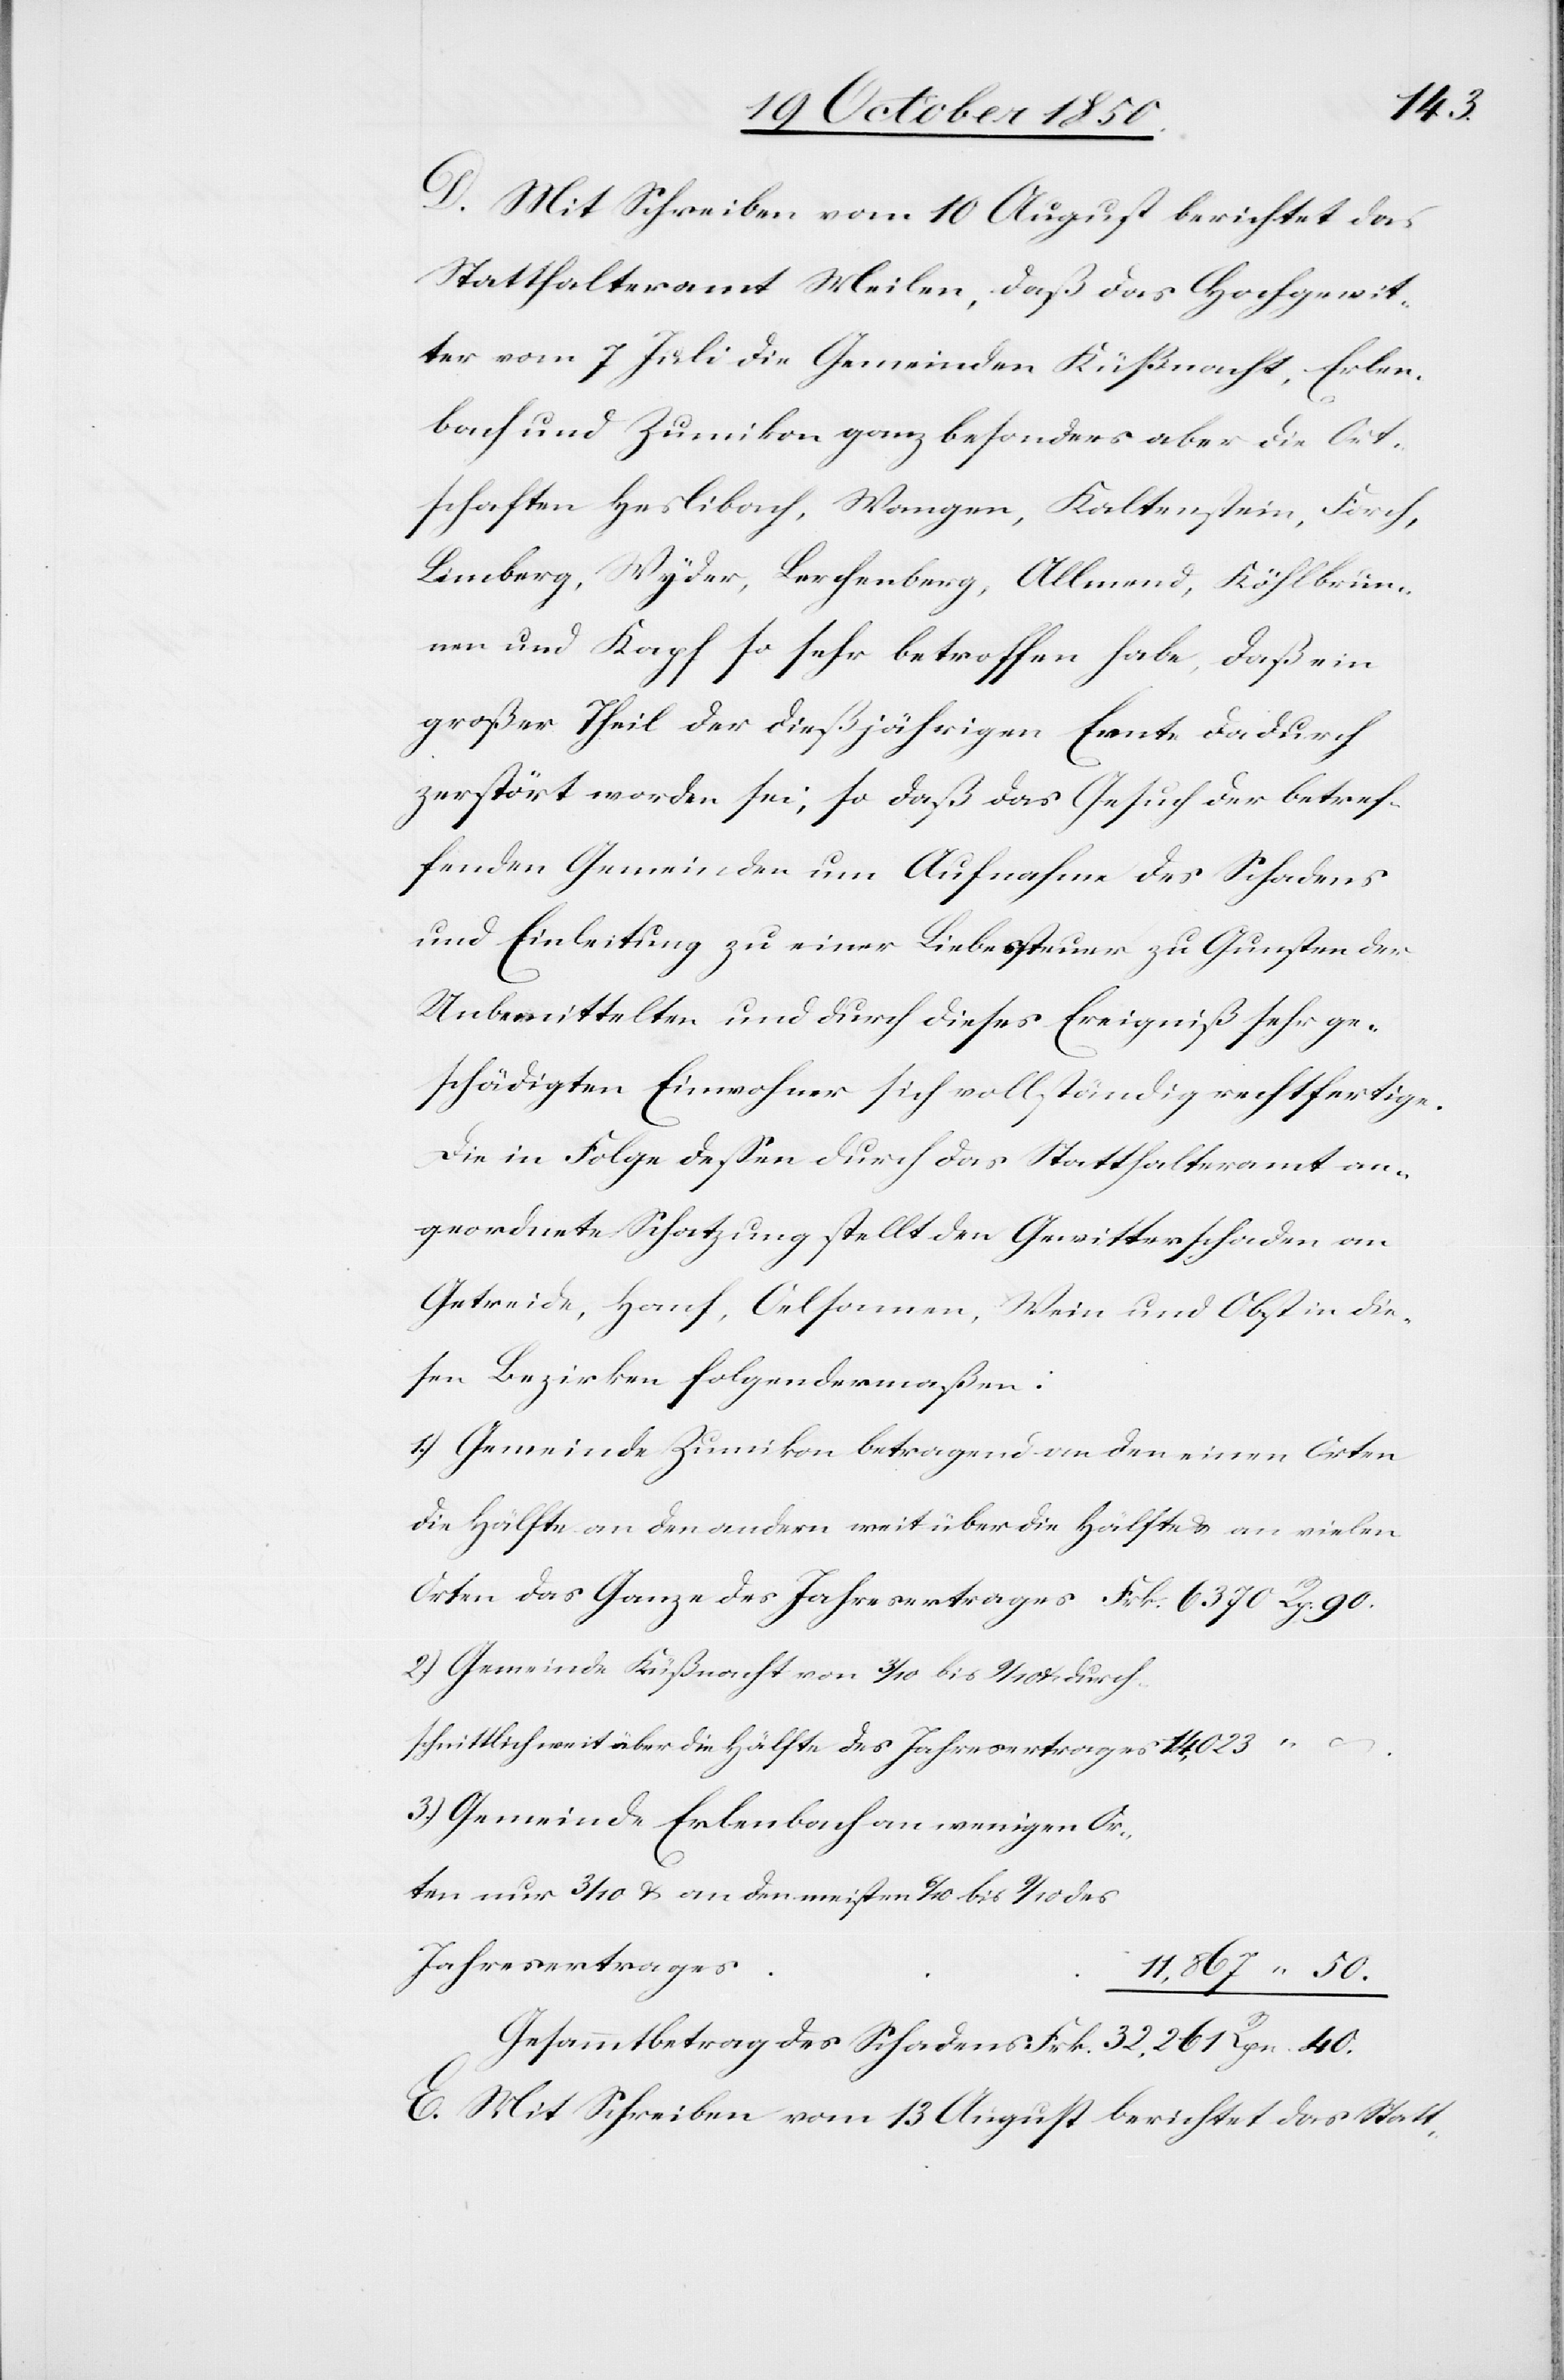
D. Mit Schreiben vom 10 August berichtet das
Statthalteramt Meilen, daß das Hochgewit¬
ter vom 7 Juli die Gemeinden Küßnacht, Erlen¬
bach und Zumikon ganz besonders aber die Ort¬
schaften Heslibach, Wangen, Kaltenstein, Forch,
Limberg, Wyder, Lerchenberg, Allmend, Köhlbrun¬
nen und Kapf so sehr betroffen habe, daß ein
großer Theil der dießjährigen Ernte dadurch
zerstört worden sei, so daß das Gesuch der betref¬
fenden Gemeinden um Aufnahme des Schadens
und Einleitung zu einer Liebessteuer zu Gunsten der
Unbemittelten und durch dieses Ereigniß sehr ge¬
schädigten Einwohner sich vollständig rechtfertige.
Die in Folge dessen durch das Statthalteramt an¬
geordnete Schatzung stellt den Gewitterschaden an
Getreide, Hanf, Oelsamen, Wein und Obst in die¬
sen Bezirken folgendermaßen:
1.) Gemeinde Zumikon betragend an den einen Orten
die Hälfte an den andern mit über die Hälfte & an vielen
Orten das Ganze des Jahresertrages					Frk. 6370 Rp. 90.
2.) Gemeinde Küßnacht von 3/10 bis 9/10 durch¬
schnittlich weit über die Hälfte des Jahresertrages
3.) Gemeinde Erlenbach an wenigen Or¬
ten nur 3/10 u. an den meisten 6/10 bis 9/10 des
11,867 “ 50.
Gesammtbetrag des Schadens 					Frk. 32,261 Rpn. 40.
E. Mit Schreiben vom 13 August berichtet das Statt-